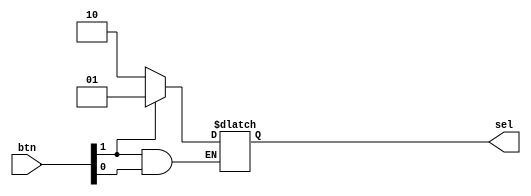
module ButtonManager(btn, sel);
	input [1:0] btn;
	reg clkOut;
	output reg [1:0] sel;
	
	always @(btn) begin
		if (btn[0] == 0) sel = 1;
		if (btn[1] == 0) sel = 2;
		
		clkOut = &btn;
	end
endmodule